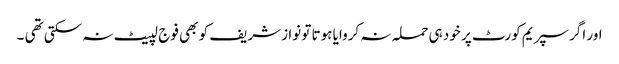
اور اگر سپریم کورٹ پر خود ہی حملہ نہ کروایا ہوتا تو نوا ز شریف کو بھی فوج لپیٹ نہ سکتی تھی ۔